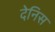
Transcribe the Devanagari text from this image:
देनिस